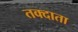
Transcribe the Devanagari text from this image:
तक्दाता